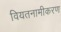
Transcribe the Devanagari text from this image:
वियतनामीकरण